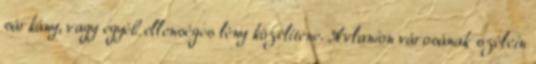
sárkány, vagy egyéb ellenséges lény közelítene. Avlanion városának szélein